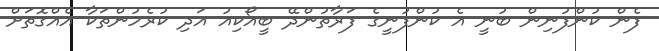
ފެން ކުންފުނިން ބުނީ އެ ކުންފުނީގެ ފަރާތުންދޭ ބީއޯކިއު އަދި ކުރެހުންތަކާ އެއްގޮތަށް